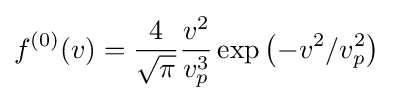
f^{(0)}(v)={\frac {4}{\sqrt {\pi }}}{\frac {v^{2}}{v_{p}^{3}}}\exp \left(-v^{2}/v_{p}^{2}\right)